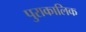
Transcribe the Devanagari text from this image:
पुराकालिक